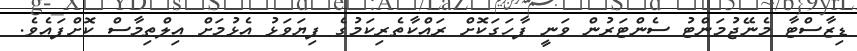
ޑިޒާސްޓާ މެނޭޖުމަންޓު ސެންޓަރުން ވަނީ ފާހަގަކޮށް ރައްކާތެރިކަމުގެ ފިޔަވަޅު އެޅުމަށް އިލްތިމާސް ކޮށްފައެވެ.